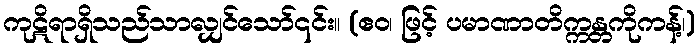
ကုဋိရာရှိသည်သာလျှင်သော်၎င်း။ (ဧဝ၊ ဖြင့် ပမာဏာတိက္ကန္တကိုကန့်၊)